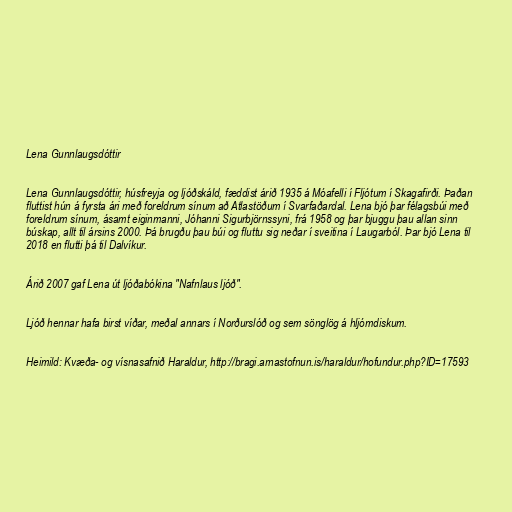
Lena Gunnlaugsdóttir

Lena Gunnlaugsdóttir, húsfreyja og ljóðskáld, fæddist árið 1935 á Móafelli í Fljótum í Skagafirði. Þaðan
fluttist hún á fyrsta ári með foreldrum sínum að Atlastöðum í Svarfaðardal. Lena bjó þar félagsbúi með
foreldrum sínum, ásamt eiginmanni, Jóhanni Sigurbjörnssyni, frá 1958 og þar bjuggu þau allan sinn
búskap, allt til ársins 2000. Þá brugðu þau búi og fluttu sig neðar í sveitina í Laugarból. Þar bjó Lena til
2018 en flutti þá til Dalvíkur.

Árið 2007 gaf Lena út ljóðabókina "Nafnlaus ljóð".

Ljóð hennar hafa birst víðar, meðal annars í Norðurslóð og sem sönglög á hljómdiskum.

Heimild: Kvæða- og vísnasafnið Haraldur, http://bragi.arnastofnun.is/haraldur/hofundur.php?ID=17593